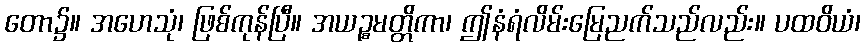
တော၌။ အဟေသုံ၊ ဖြစ်ကုန်ပြီ။ အယဉ္စမတ္တိကာ၊ ဤနံရံလိမ်းမြေညက်သည်လည်း။ ပထဝိယံ၊